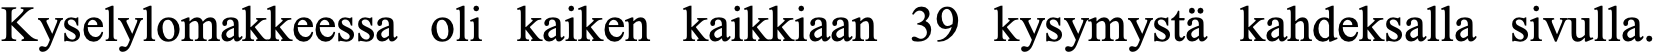
Kyselylomakkeessa oli kaiken kaikkiaan 39 kysymystä kahdeksalla sivulla.